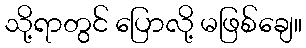
သို့ရာတွင် ပြောလို့ မဖြစ်ချေ။